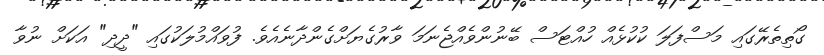
ގޯތިތެރޭގައި މަސްފަލަ ކުކުޅެއް ހުއްޓަސް ބޭނުންވެއްޖެނަމަ ވާރުގެޔަށްގެންދާނެއެވެ. ފުވައްމުލަކުގައި "ދީދި" އަކަށް ނުވާ